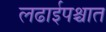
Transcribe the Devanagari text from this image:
लढाईपश्चात